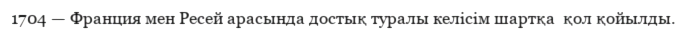
1704 — Франция мен Ресей арасында достық туралы келiсiм шартқа  қол қойылды.